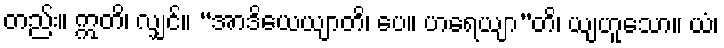
တည်း။ ဣတိ၊ လျှင်။ “အာဒိယေယျာတိ၊ ပေ။ ဟရေယျာ”တိ၊ ယျဟူသော။ ယံ၊